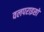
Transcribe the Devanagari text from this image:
वलपराइसो